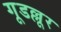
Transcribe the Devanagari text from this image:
गूडल्लूर